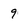
Character: 9